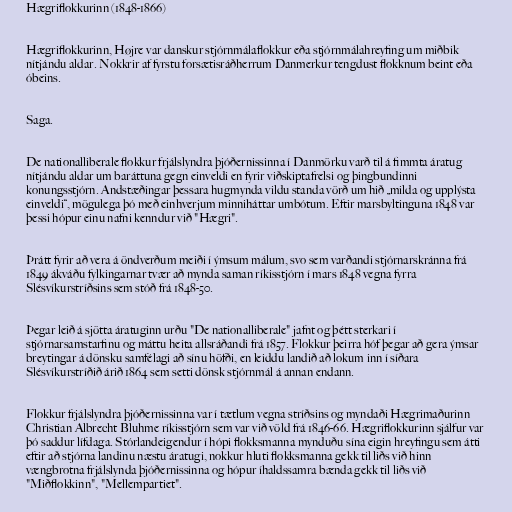
Hægriflokkurinn (1848-1866)

Hægriflokkurinn, Højre var danskur stjórnmálaflokkur eða stjórnmálahreyfing um miðbik
nítjándu aldar. Nokkrir af fyrstu forsætisráðherrum Danmerkur tengdust flokknum beint eða
óbeins.

Saga.

De nationalliberale flokkur frjálslyndra þjóðernissinna í Danmörku varð til á fimmta áratug
nítjándu aldar um baráttuna gegn einveldi en fyrir viðskiptafrelsi og þingbundinni
konungsstjórn. Andstæðingar þessara hugmynda vildu standa vörð um hið „milda og upplýsta
einveldi“, mögulega þó með einhverjum minniháttar umbótum. Eftir marsbyltinguna 1848 var
þessi hópur einu nafni kenndur við "Hægri".

Þrátt fyrir að vera á öndverðum meiði í ýmsum málum, svo sem varðandi stjórnarskránna frá
1849 ákváðu fylkingarnar tvær að mynda saman ríkisstjórn í mars 1848 vegna fyrra
Slésvíkurstríðsins sem stóð frá 1848-50.

Þegar leið á sjötta áratuginn urðu "De nationalliberale" jafnt og þétt sterkari í
stjórnarsamstarfinu og máttu heita allsráðandi frá 1857. Flokkur þeirra hóf þegar að gera ýmsar
breytingar á dönsku samfélagi að sínu höfði, en leiddu landið að lokum inn í síðara
Slésvíkurstríðið árið 1864 sem setti dönsk stjórnmál á annan endann.

Flokkur frjálslyndra þjóðernissinna var í tætlum vegna stríðsins og myndaði Hægrimaðurinn
Christian Albrecht Bluhme ríkisstjórn sem var við völd frá 1846-66. Hægriflokkurinn sjálfur var
þó saddur lífdaga. Stórlandeigendur í hópi flokksmanna mynduðu sína eigin hreyfingu sem átti
eftir að stjórna landinu næstu áratugi, nokkur hluti flokksmanna gekk til liðs við hinn
vængbrotna frjálslynda þjóðernissinna og hópur íhaldssamra bænda gekk til liðs við
"Miðflokkinn", "Mellempartiet".